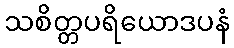
သစိတ္တပရိယောဒပနံ